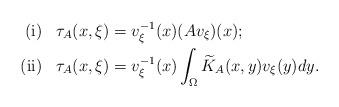
LaTeX: \begin{align*}{\rm (i)} \,\,\,\,\, &\tau_{A}(x, \xi)=v_{\xi}^{-1}(x)(Av_{\xi})(x);\\{\rm (ii)} \,\,\,\,\,&\tau_{A}(x,\xi)=v_{\xi}^{-1}(x)\int_{\Omega}\widetilde{K}_{A}(x,y)v_{\xi}(y)dy.\end{align*}